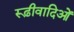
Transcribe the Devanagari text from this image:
रूढ़ीवादिओं